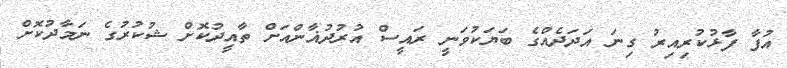
އުފާ ފާޅުކުރިއިރު ގިނަ އަދަދެއްގެ ބަޔަކުވަނީ ރައީސް އުރުދުޣާންއަށް ތާއީދުކޮށް ޝުކުރުގެ ނަމާދުކޮށް